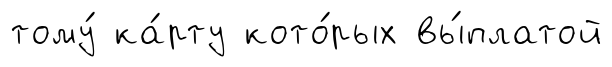
тому́ ка́рту кото́рых вы́платой